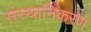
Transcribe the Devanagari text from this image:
संस्थानिकरण